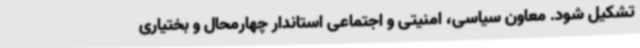
تشکیل شود. معاون سیاسی، امنیتی و اجتماعی استاندار چهارمحال و بختیاری